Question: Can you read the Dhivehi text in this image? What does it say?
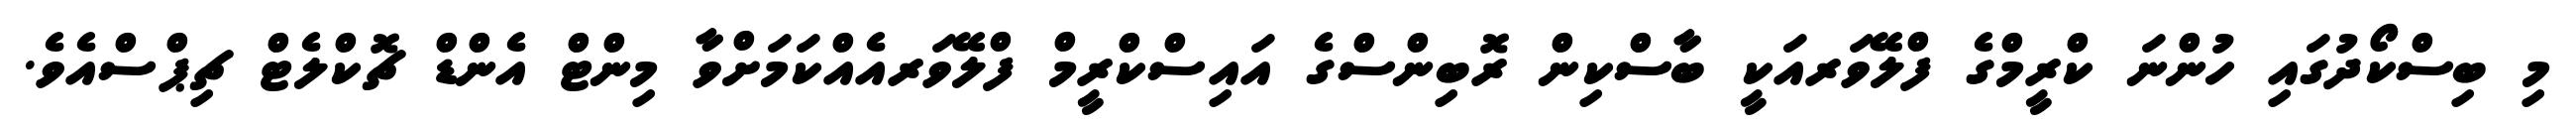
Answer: މި ބިސްކޯދުގައި ހުންނަ ކްރީމްގެ ފްލޭވަރއަކީ ބާސްކިން ރޮބިންސްގެ އައިސްކްރީމް ފްލޭވަރއެއްކަމަށްވާ މިންޓް އެންޑް ޗޮކްލެޓް ޗިޕްސްއެވެ.